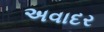
અવાદર